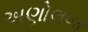
અણોલજ